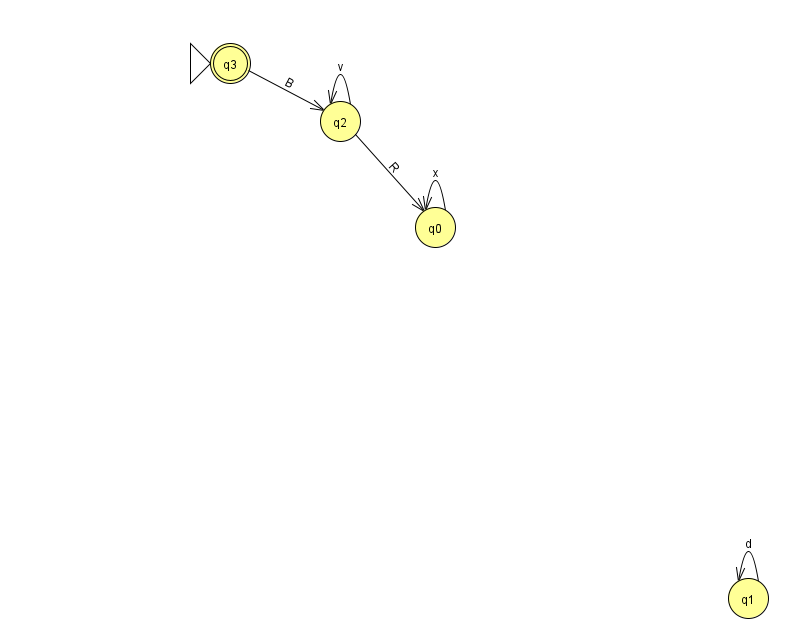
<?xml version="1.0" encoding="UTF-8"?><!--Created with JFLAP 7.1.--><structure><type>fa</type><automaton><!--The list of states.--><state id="0" name="q0"><x>435.0</x><y>214.0</y></state><state id="1" name="q1"><x>748.0</x><y>585.0</y></state><state id="2" name="q2"><x>340.0</x><y>108.0</y></state><state id="3" name="q3"><x>230.0</x><y>50.0</y><initial/><final/></state><!--The list of transitions.--><transition><from>2</from><to>0</to><read>R</read></transition><transition><from>1</from><to>1</to><read>d</read></transition><transition><from>2</from><to>2</to><read>v</read></transition><transition><from>3</from><to>2</to><read>B</read></transition><transition><from>0</from><to>0</to><read>x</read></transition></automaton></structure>